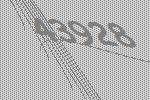
43928